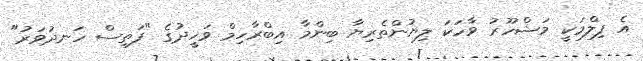
އެ ފިލްމަކީ މަޝްހޫރު ވާހަކަ ލިޔުންތެރިޔާ ބިންމާ އިބްރާހިމް ވަހީދުގެ "ފަތިސް ހަނދުވަރު"